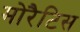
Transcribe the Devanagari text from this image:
मोरैटिस